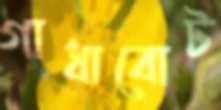
গাধাবোট